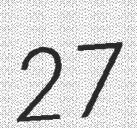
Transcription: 27